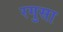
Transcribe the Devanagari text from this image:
रगुसा